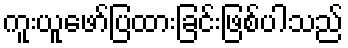
ကူးယူဖော်ပြထားခြင်းဖြစ်ပါသည်